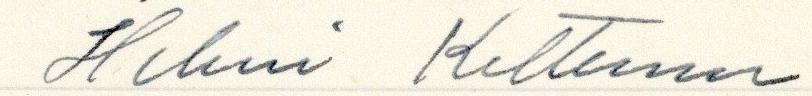
Helmi Kettunen